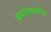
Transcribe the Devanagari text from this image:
इयरप्लग्स